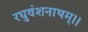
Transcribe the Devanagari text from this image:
रघुवंशनाथम्।।